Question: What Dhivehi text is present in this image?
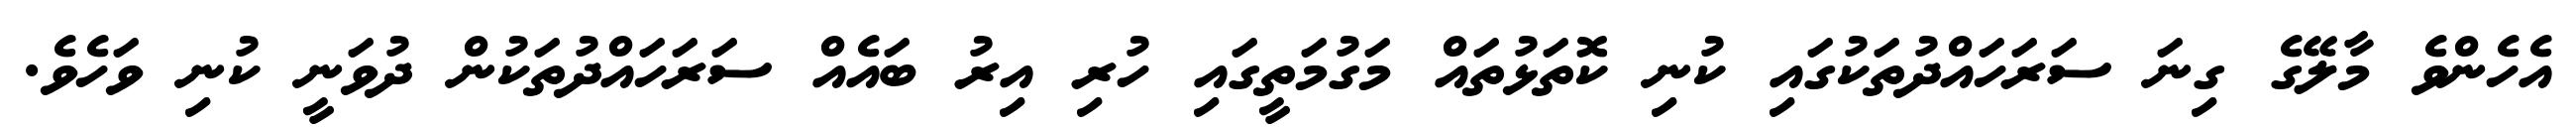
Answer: އެހެންވެ މާލޭގެ ގިނަ ސަރަހައްދުތަކުގައި ކުނި ކޮތަޅުތައް މަގުމަތީގައި ހުރި އިރު ބައެއް ސަރަހައްދުތަކުން ދުވަނީ ކުނި ވަހެވެ.